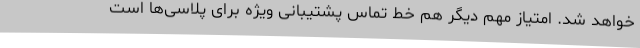
خواهد شد. امتیاز مهم دیگر هم خط تماس پشتیبانی ویژه برای پلاسی‌ها است